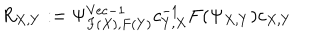
R _ { X , Y } : = \Psi _ { F ( X ) , F ( Y ) } ^ { \mathrm { V e c } - 1 } c _ { Y , X } ^ { - 1 } F ( \Psi _ { X , Y } ) c _ { X , Y }